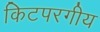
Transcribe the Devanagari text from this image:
किटपरगीय